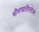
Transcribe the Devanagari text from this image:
श्रीभगवतीस्तोत्रम